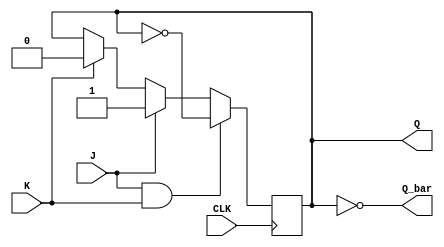
module jk_flipflop (
    input J,
    input K,
    input CLK,
    output reg Q,
    output reg Q_bar
);

always @(posedge CLK) begin
    if (J & K) begin
        Q <= !Q;
    end else if (J) begin
        Q <= 1'b1;
    end else if (K) begin
        Q <= 1'b0;
    end
end

assign Q_bar = ~Q;

endmodule